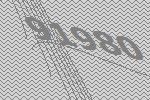
91980